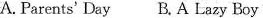
A. Parents' Day B. A Lazy Boy